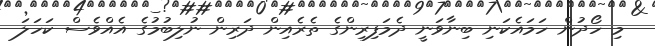
މި ހޯދުން ހަމައެކަނި ބިނާވަނީ ދެމަފިރިންގެ ތެރެއިން ދަރިން ނުލިބުމުގެ އެއްވެސް ކަހަލަ